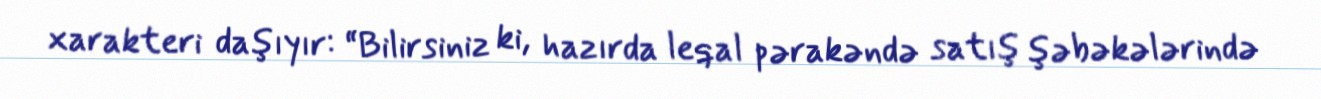
xarakteri daşıyır: “Bilirsiniz ki, hazırda leqal pərakəndə satış şəbəkələrində